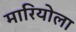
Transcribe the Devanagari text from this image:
मारियोला